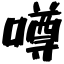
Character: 噂